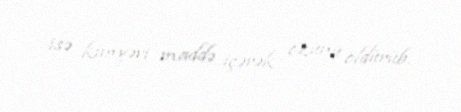
isə kimyəvi maddə içərək özünü öldürüb.